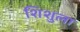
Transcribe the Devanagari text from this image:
शिशुला